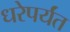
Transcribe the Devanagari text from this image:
धरेपर्यंत